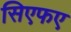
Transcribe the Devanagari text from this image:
सिएफए